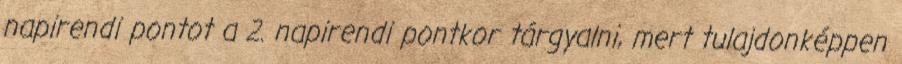
napirendi pontot a 2. napirendi pontkor tárgyalni, mert tulajdonképpen